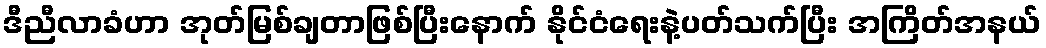
ဒီညီလာခံဟာ အုတ်မြစ်ချတာဖြစ်ပြီးနောက် နိုင်ငံရေးနဲ့ပတ်သက်ပြီး အကြိတ်အနယ်